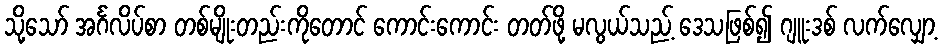
သို့သော် အင်္ဂလိပ်စာ တစ်မျိုးတည်းကိုတောင် ကောင်းကောင်း တတ်ဖို့ မလွယ်သည့် ဒေသဖြစ်၍ ဂျူးဒစ် လက်လျှော့